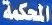
المحكمة